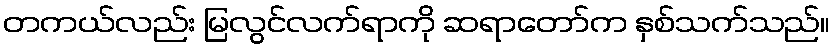
တကယ်လည်း မြလွင်လက်ရာကို ဆရာတော်က နှစ်သက်သည်။